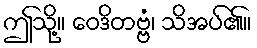
ဤသို့။ ဝေဒိတဗ္ဗံ၊ သိအပ်၏။